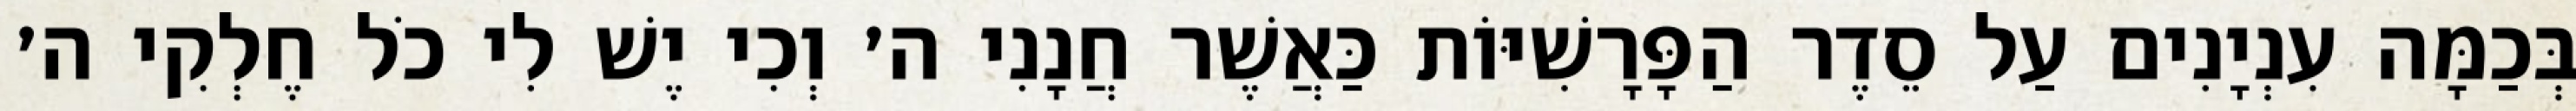
בְּכַמָּה עִנְיָנִים עַל סֵדֶר הַפָּרָשִׁיּוֹת כַּאֲשֶׁר חֲנָנִי ה׳ וְכִי יֶשׁ לִי כֹל חֶלְקִי ה׳